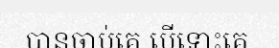
បានចាប់គេ បើទោះគេ